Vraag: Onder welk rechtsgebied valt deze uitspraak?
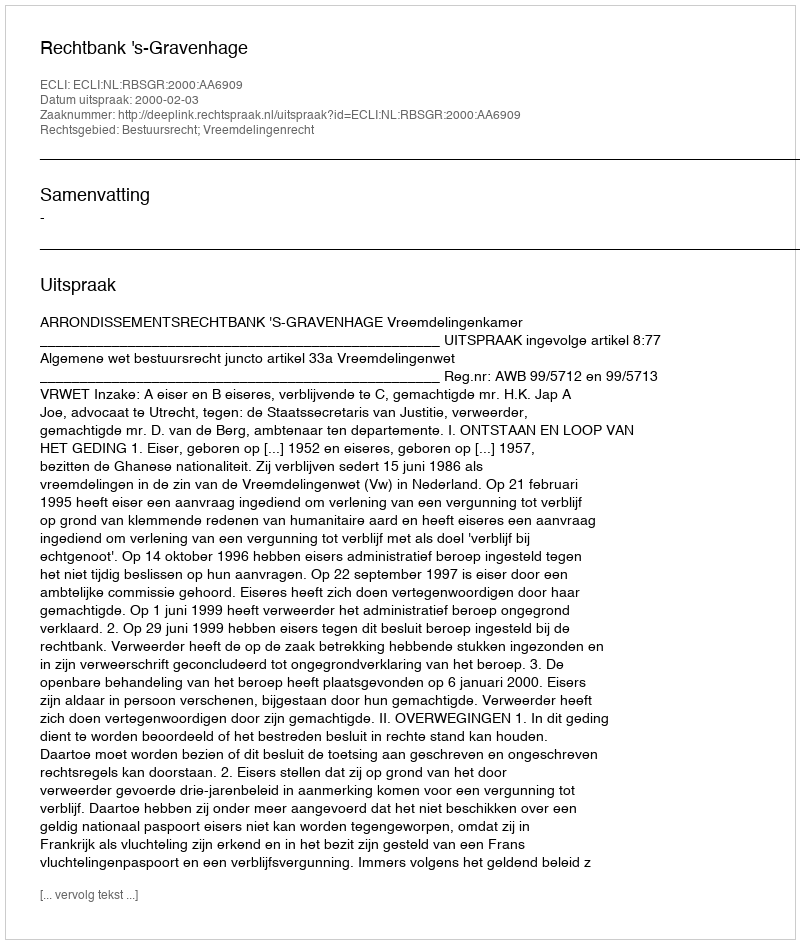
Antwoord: Bestuursrecht; Vreemdelingenrecht